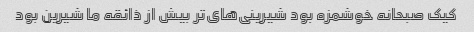
کیک صبحانه خوشمزه بود شیرینی‌های‌تر بیش از ذائقه ما شیرین بود